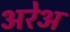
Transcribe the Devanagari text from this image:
अरेअ